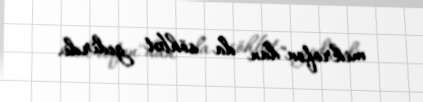
mikrofon"dan da söhbət gedirdi.